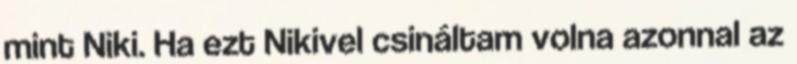
mint Niki. Ha ezt Nikivel csináltam volna azonnal az